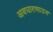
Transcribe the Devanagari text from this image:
अवधारणाउन